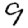
Digit: 9